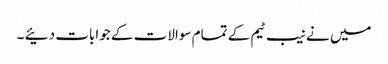
میں نے نیب ٹیم کے تمام سوالات کے جوابات دئیے ۔